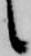
候